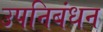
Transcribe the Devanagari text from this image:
उपनिबंधन